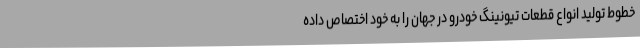
خطوط تولید انواع قطعات تیونینگ خودرو در جهان را به خود اختصاص داده